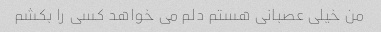
من خیلی عصبانی هستم دلم می خواهد کسی را بکشم